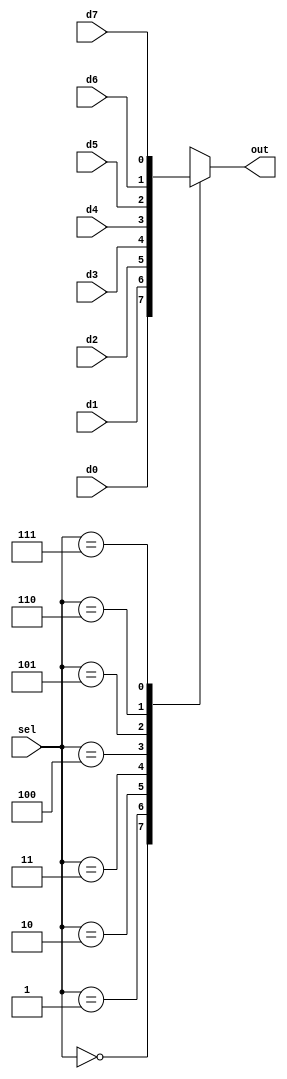
//8x1MUX
module MU8X(d0,d1,d2,d3,d4,d5,d6,d7,sel,out);
  input d0,d1,d2,d3,d4,d5,d6,d7;
  input [2:0] sel;
  output reg out;
  always@(sel)
  begin
    case(sel)
    3'b000:out=d0;
    3'b001:out=d1;
    3'b010:out=d2;
    3'b011:out=d3;
    3'b100:out=d4;
    3'b101:out=d5;
    3'b110:out=d6;
    3'b111:out=d7;
  endcase
end
endmodule